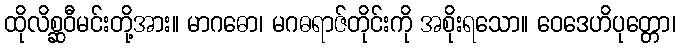
ထိုလိစ္ဆဝီမင်းတို့အား။ မာဂဓော၊ မဂဓရာဇ်တိုင်းကို အစိုးရသော။ ဝေဒေဟိပုတ္တော၊